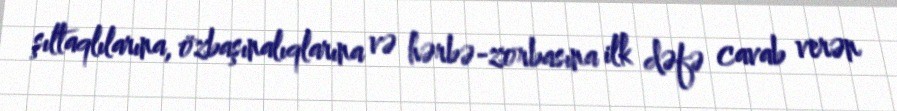
şıltaqlılarına, özbaşınalıqlarına və hərbə-zorbasına ilk dəfə cavab verən